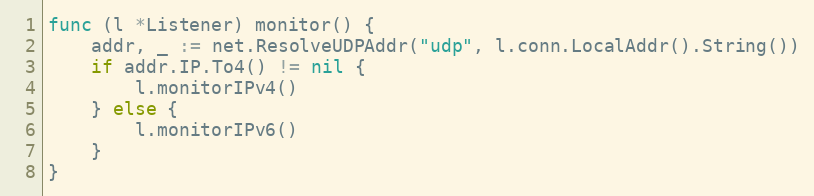
Language: Go
func (l *Listener) monitor() {
	addr, _ := net.ResolveUDPAddr("udp", l.conn.LocalAddr().String())
	if addr.IP.To4() != nil {
		l.monitorIPv4()
	} else {
		l.monitorIPv6()
	}
}